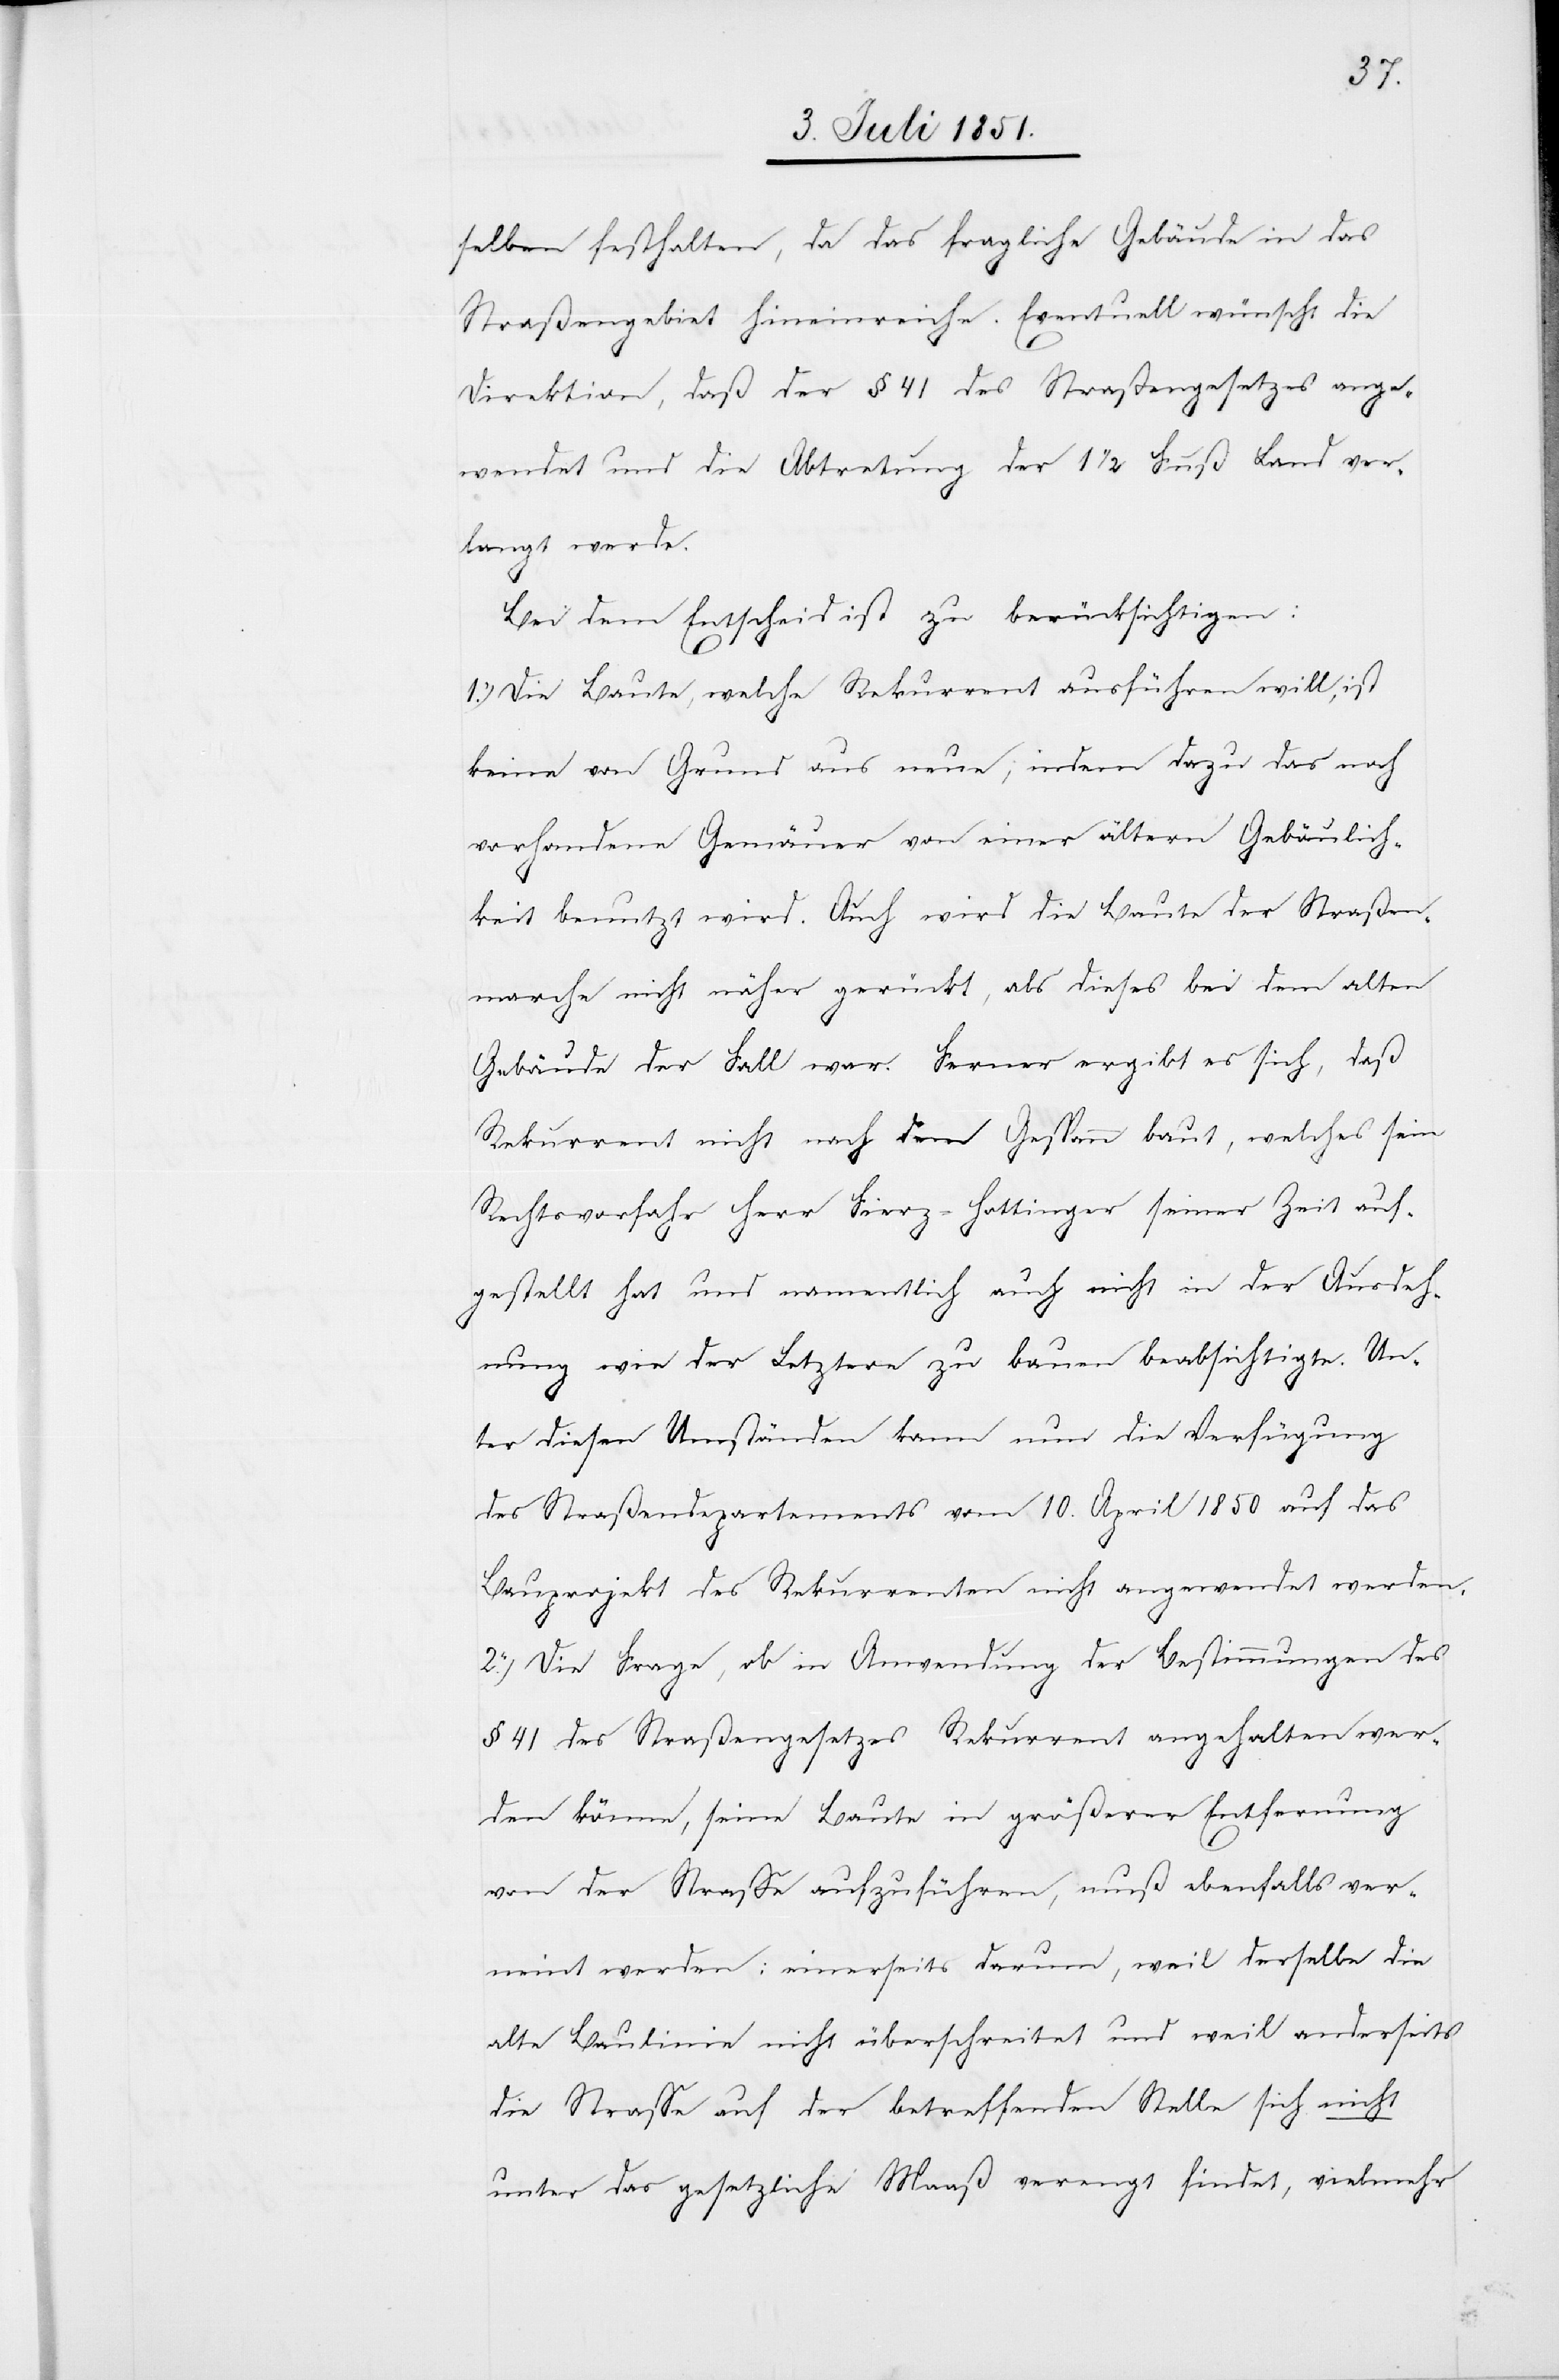
selben festhalten, da das fragliche Gebäude in das
Straßengebiet hineinreiche. Eventuell wünscht die
Direktion, daß der § 41 des Straßengesetzes ange¬
wendet und die Abtretung der 1 1/2 Fuß Land ver¬
langt werde.
Bei dem Entscheid ist zu berücksichtigen:
1.) Die Baute, welche Rekurrent ausführen will, ist
keine von Grund aus neue, indem dazu das noch
vorhandene Gemäuer von einer ältern Gebäulich¬
keit benutzt wird. Auch wird die Baute der Straßen¬
marche nicht näher gerückt, als dieses bei dem alten
Gebäude der Fall war. Ferner ergibt es sich, daß
Rekurrent nicht nach dem Gespann baut, welches sein
Rechtsvorfahr Herr Fierz-Hottinger seiner Zeit auf¬
gestellt hat und namentlich auch nicht in der Ausdeh¬
nung wie der Letztere zu bauen beabsichtigte. Un¬
ter diesen Umständen kann nun die Verfügung
des Straßendepartements vom 10. April 1850 auf das
Bauprojekt des Rekurrenten nicht angewendet werden.
2.) Die Frage, ob in Anwendung der Bestimmungen des
§ 41 des Straßengesetzes Rekurrent angehalten wer¬
den könne, seine Baute in größerer Entfernung
von der Strasse aufzuführen, muß ebenfalls ver¬
neint werden: einerseits darum, weil derselbe die
alte Baulinie nicht überschreitet und weil anderseits
die Strasse auf der betreffenden Stelle sich nicht
unter das gesetzliche Maaß verengt findet, vielmehr